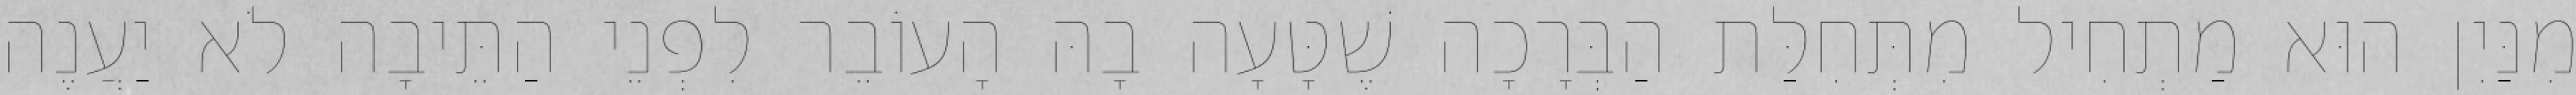
מִנַּיִן הוּא מַתְחִיל מִתְּחִלַּת הַבְּרָכָה שֶׁטָּעָה בָהּ הָעוֹבֵר לִפְנֵי הַתֵּיבָה לֹא יַעֲנֶה